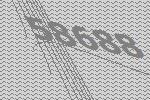
58688